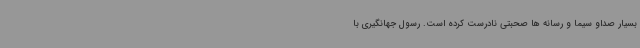
بسیار صداو سیما و رسانه ها صحبتی نادرست کرده است. رسول جهانگیری با